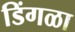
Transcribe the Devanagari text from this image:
डिंगळा